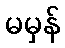
မမှန်